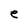
Character: e